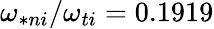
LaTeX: \omega_{\ast ni}/\omega_{ti}=0.1919